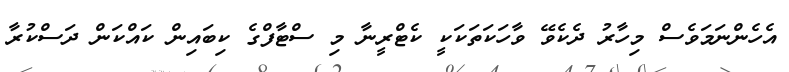
އެހެންނަމަވެސް މިހާރު ދެކެވޭ ވާހަކަތަކަކީ ކެޓްރީނާ މި ސްޓާފްގެ ކިބައިން ކައްކަން ދަސްކުރާ